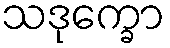
သဒုက္ခော